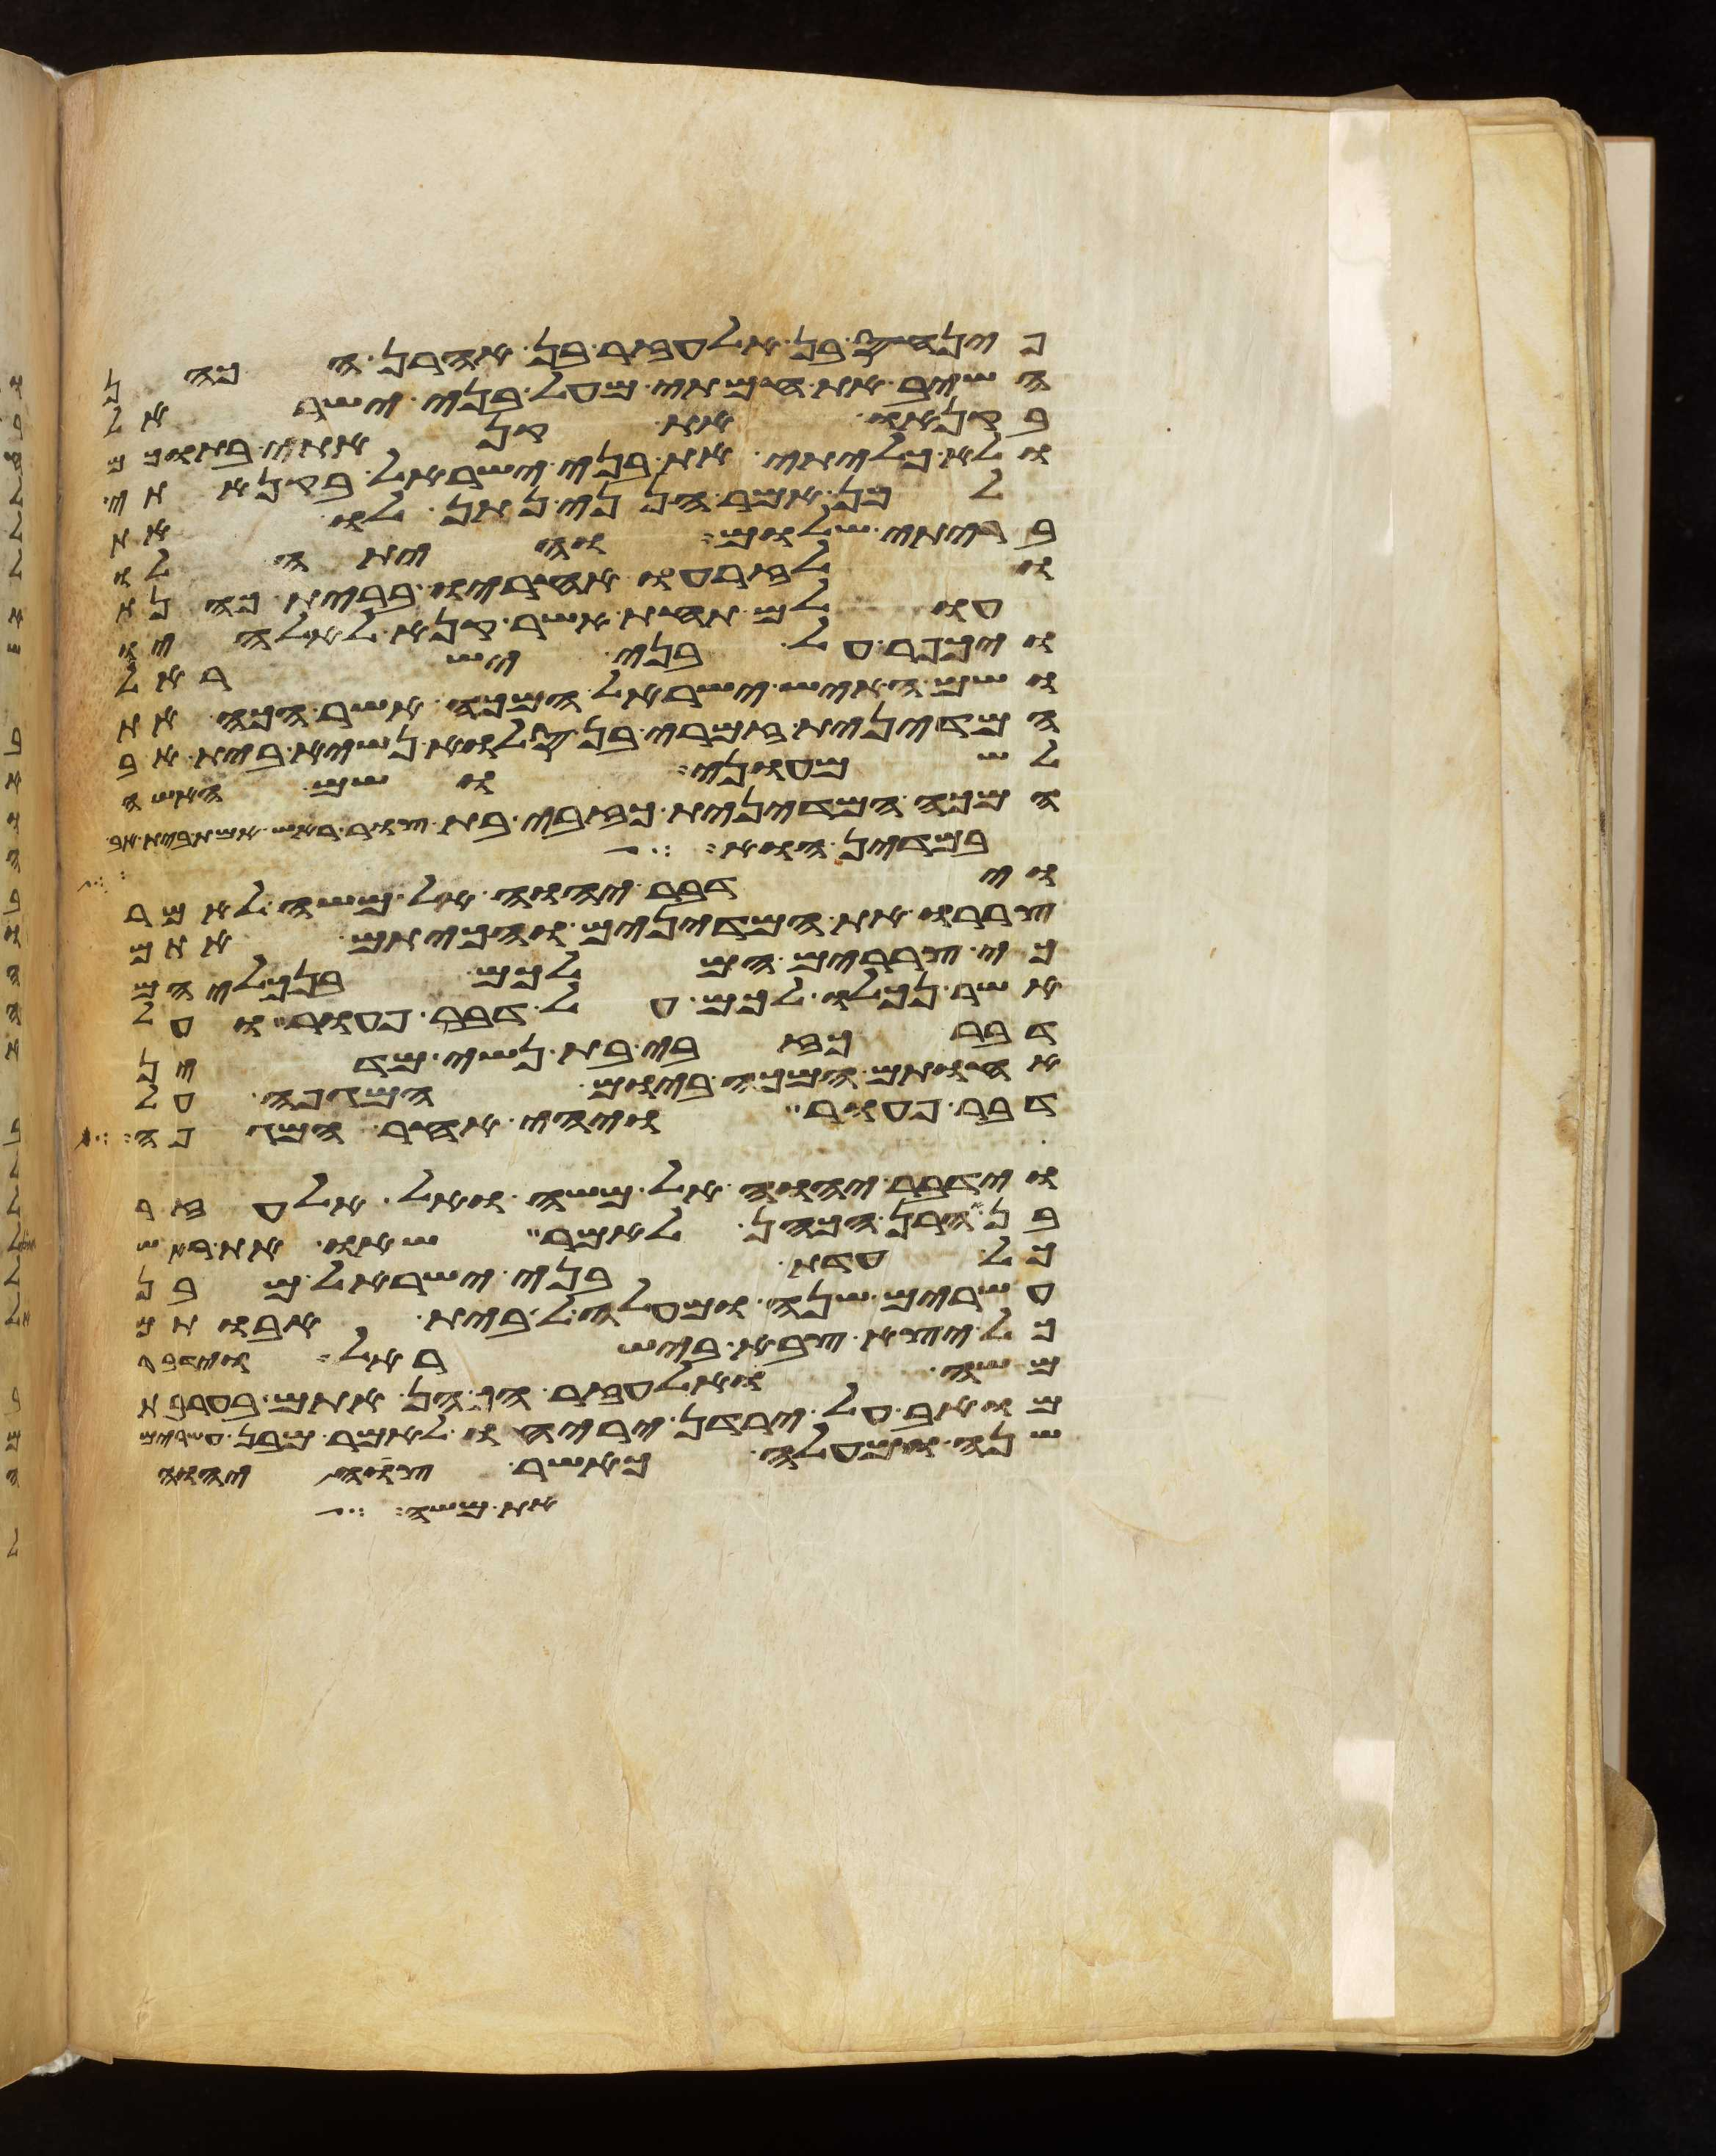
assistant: פינחס בן אלעזר בן אהרן הכהן
השיב את חמתי מעל בני ישראל
בקנאו את קנאתי בתוכם
ולא כליתי את בני ישראל בקנאתי
לכן אמר הנני נתן לו את
בריתי שלום והיתה לו
ולזרעו אחריו ברית כהנת
עולם תחת אשר קנא לאלהיו
ויכפר על בני ישראל
ושם האיש ישראל המכה אשר הכה את
המדינית זמרי בן סלוא נשיא בית אב
לשמעוני ושם האשה
המכה המדינית כזבית בת צור ראש אמת בית אב
במדין הוא
וידבר יהוה אל משה לאמר
צררו את המדינים והכיתם אתם
כי צררים הם לכם בנכליהם
אשר נכלו לכם על דבר פעור ועל
דבר כזבי בת נשיא מדין
אחותם המכה ביום המגפה על
דבר פעור ויהי אחר המגפה
וידבר יהוה אל משה ואל אלעזר
בן אהרן הכהן לאמר שאו את ראש
כל עדת בני ישראל מבן
עשרים שנה ומעלה לבית אבותם
כל יצא צבא בישראל וידבר
משה ואלעזר הכהן אתם בערבת
מואב על ירדן יריחו לאמר מבן עשרים
שנה ומעלה כאשר צוה יהוה
את משה